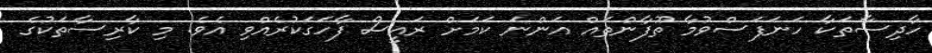
ހާދިސާތަކާ ހަނަފަސްވުމާ ތޫފާންތައް އަންނަ ކަމަށް ރައީސް ފާހަގަކުރެއްވި އެވެ. މި ކާރިސާތަކުގެ